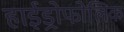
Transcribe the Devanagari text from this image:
हाईड्रोफोलिक